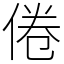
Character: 倦